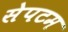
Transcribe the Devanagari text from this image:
सेपटम